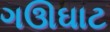
ગઊઘાટ